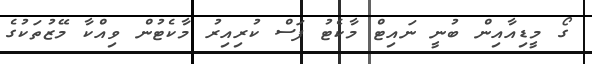
ގޯ މީޑިއާއިން ބުނީ ނައިޓް މާކެޓު ފަސް ކުރިއިރު މާކެޓުން ވިއްކާ މޭޒުތަކުގެ